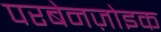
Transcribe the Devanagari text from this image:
परबेनज़ोइक